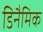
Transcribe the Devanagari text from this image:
डिनैमिक